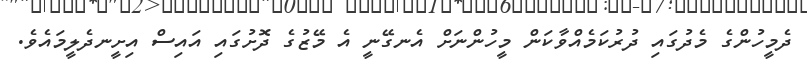
ދެމީހުންގެ މެދުގައި ދުރުކަމެއްވާކަން މީހުންނަށް އެނގޭނީ އެ މޭޒުގެ ދޮށުގައި އައިސް އިށީނދެލީމައެވެ.